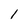
Character: 1